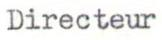
Directeur